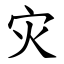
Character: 灾